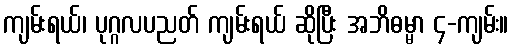
ကျမ်းရယ်၊ ပုဂ္ဂလပညတ် ကျမ်းရယ် ဆိုပြီး အဘိဓမ္မာ ၄-ကျမ်း။